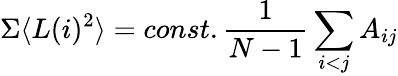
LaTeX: \Sigma\langle L(i)^{2}\rangle=const.\frac{1}{N-1}\sum_{i<j}A_{ij}